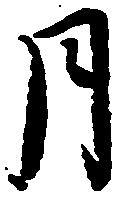
月